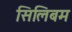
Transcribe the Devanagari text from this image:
सिलिबम